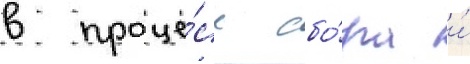
в проце́сс сбо́ра и́